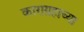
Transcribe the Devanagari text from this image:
काराग्रहाच्या